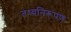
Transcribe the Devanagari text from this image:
तथ्यनिरूपण